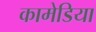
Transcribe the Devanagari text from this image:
कामेडिया